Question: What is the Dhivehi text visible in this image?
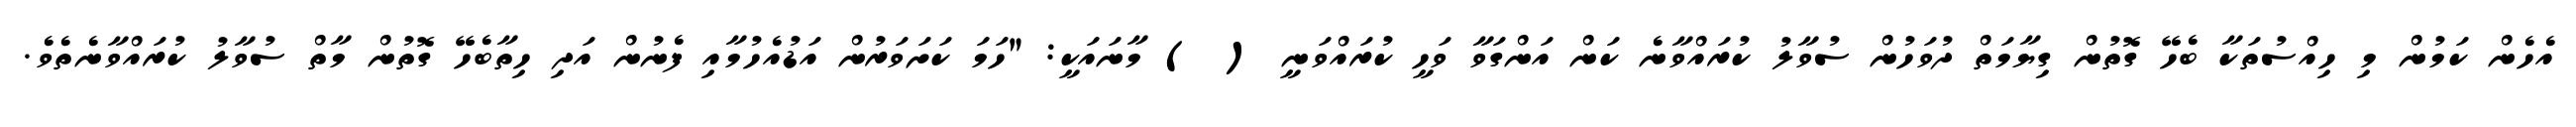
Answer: އެހެން ކަމުން މި ހިއްސުތަކާ ބެހޭ ގޮތުން ގިޔާމަތް ދުވަހުން ސުވާލު ކުރައްވާނެ ކަން އަންގަވާ ވަހީ ކުރައްވަނީ ( ) މާނައަކީ: "ހަމަ ކަށަވަރުން އަޑުއެހުމާއި ފެނުން އަދި ހިތާބެހޭ ގޮތުން މާތް ސުވާލު ކުރައްވާނެތެވެ.